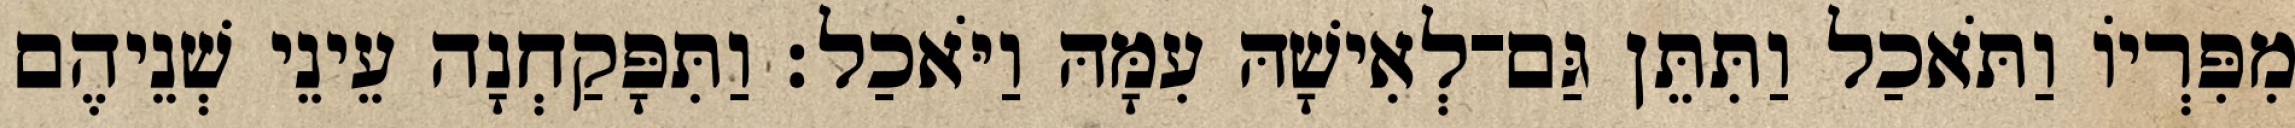
מִפִּרְיֹו וַתֹּאכַל וַתִּתֵּן גַּם־לְאִישָׁהּ עִמָּהּ וַיֹּאכַל׃ וַתִּפָּקַחְנָה עֵינֵי שְׁנֵיהֶם